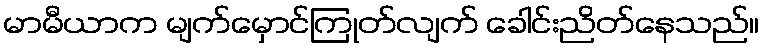
မာမီယာက မျက်မှောင်ကြုတ်လျက် ခေါင်းညိတ်နေသည်။